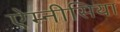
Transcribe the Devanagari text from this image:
ऐम्नीसिया